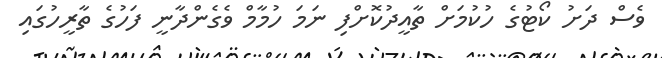
ވެސް ދަށު ކޯޓުގެ ހުކުމަށް ތާއީދުކޮށްފި ނަމަ ހުމާމް ވެގެންދާނީ ފަހުގެ ތާރީހުގައި